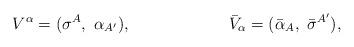
LaTeX: \begin{align*}V^{\alpha} = (\sigma^{A},\ \alpha_{A^\prime}),\qquad \qquad \qquad{\bar V}_{\alpha} = ({\bar \alpha_{A}},\ {\bar\sigma}^{A^\prime}),\end{align*}